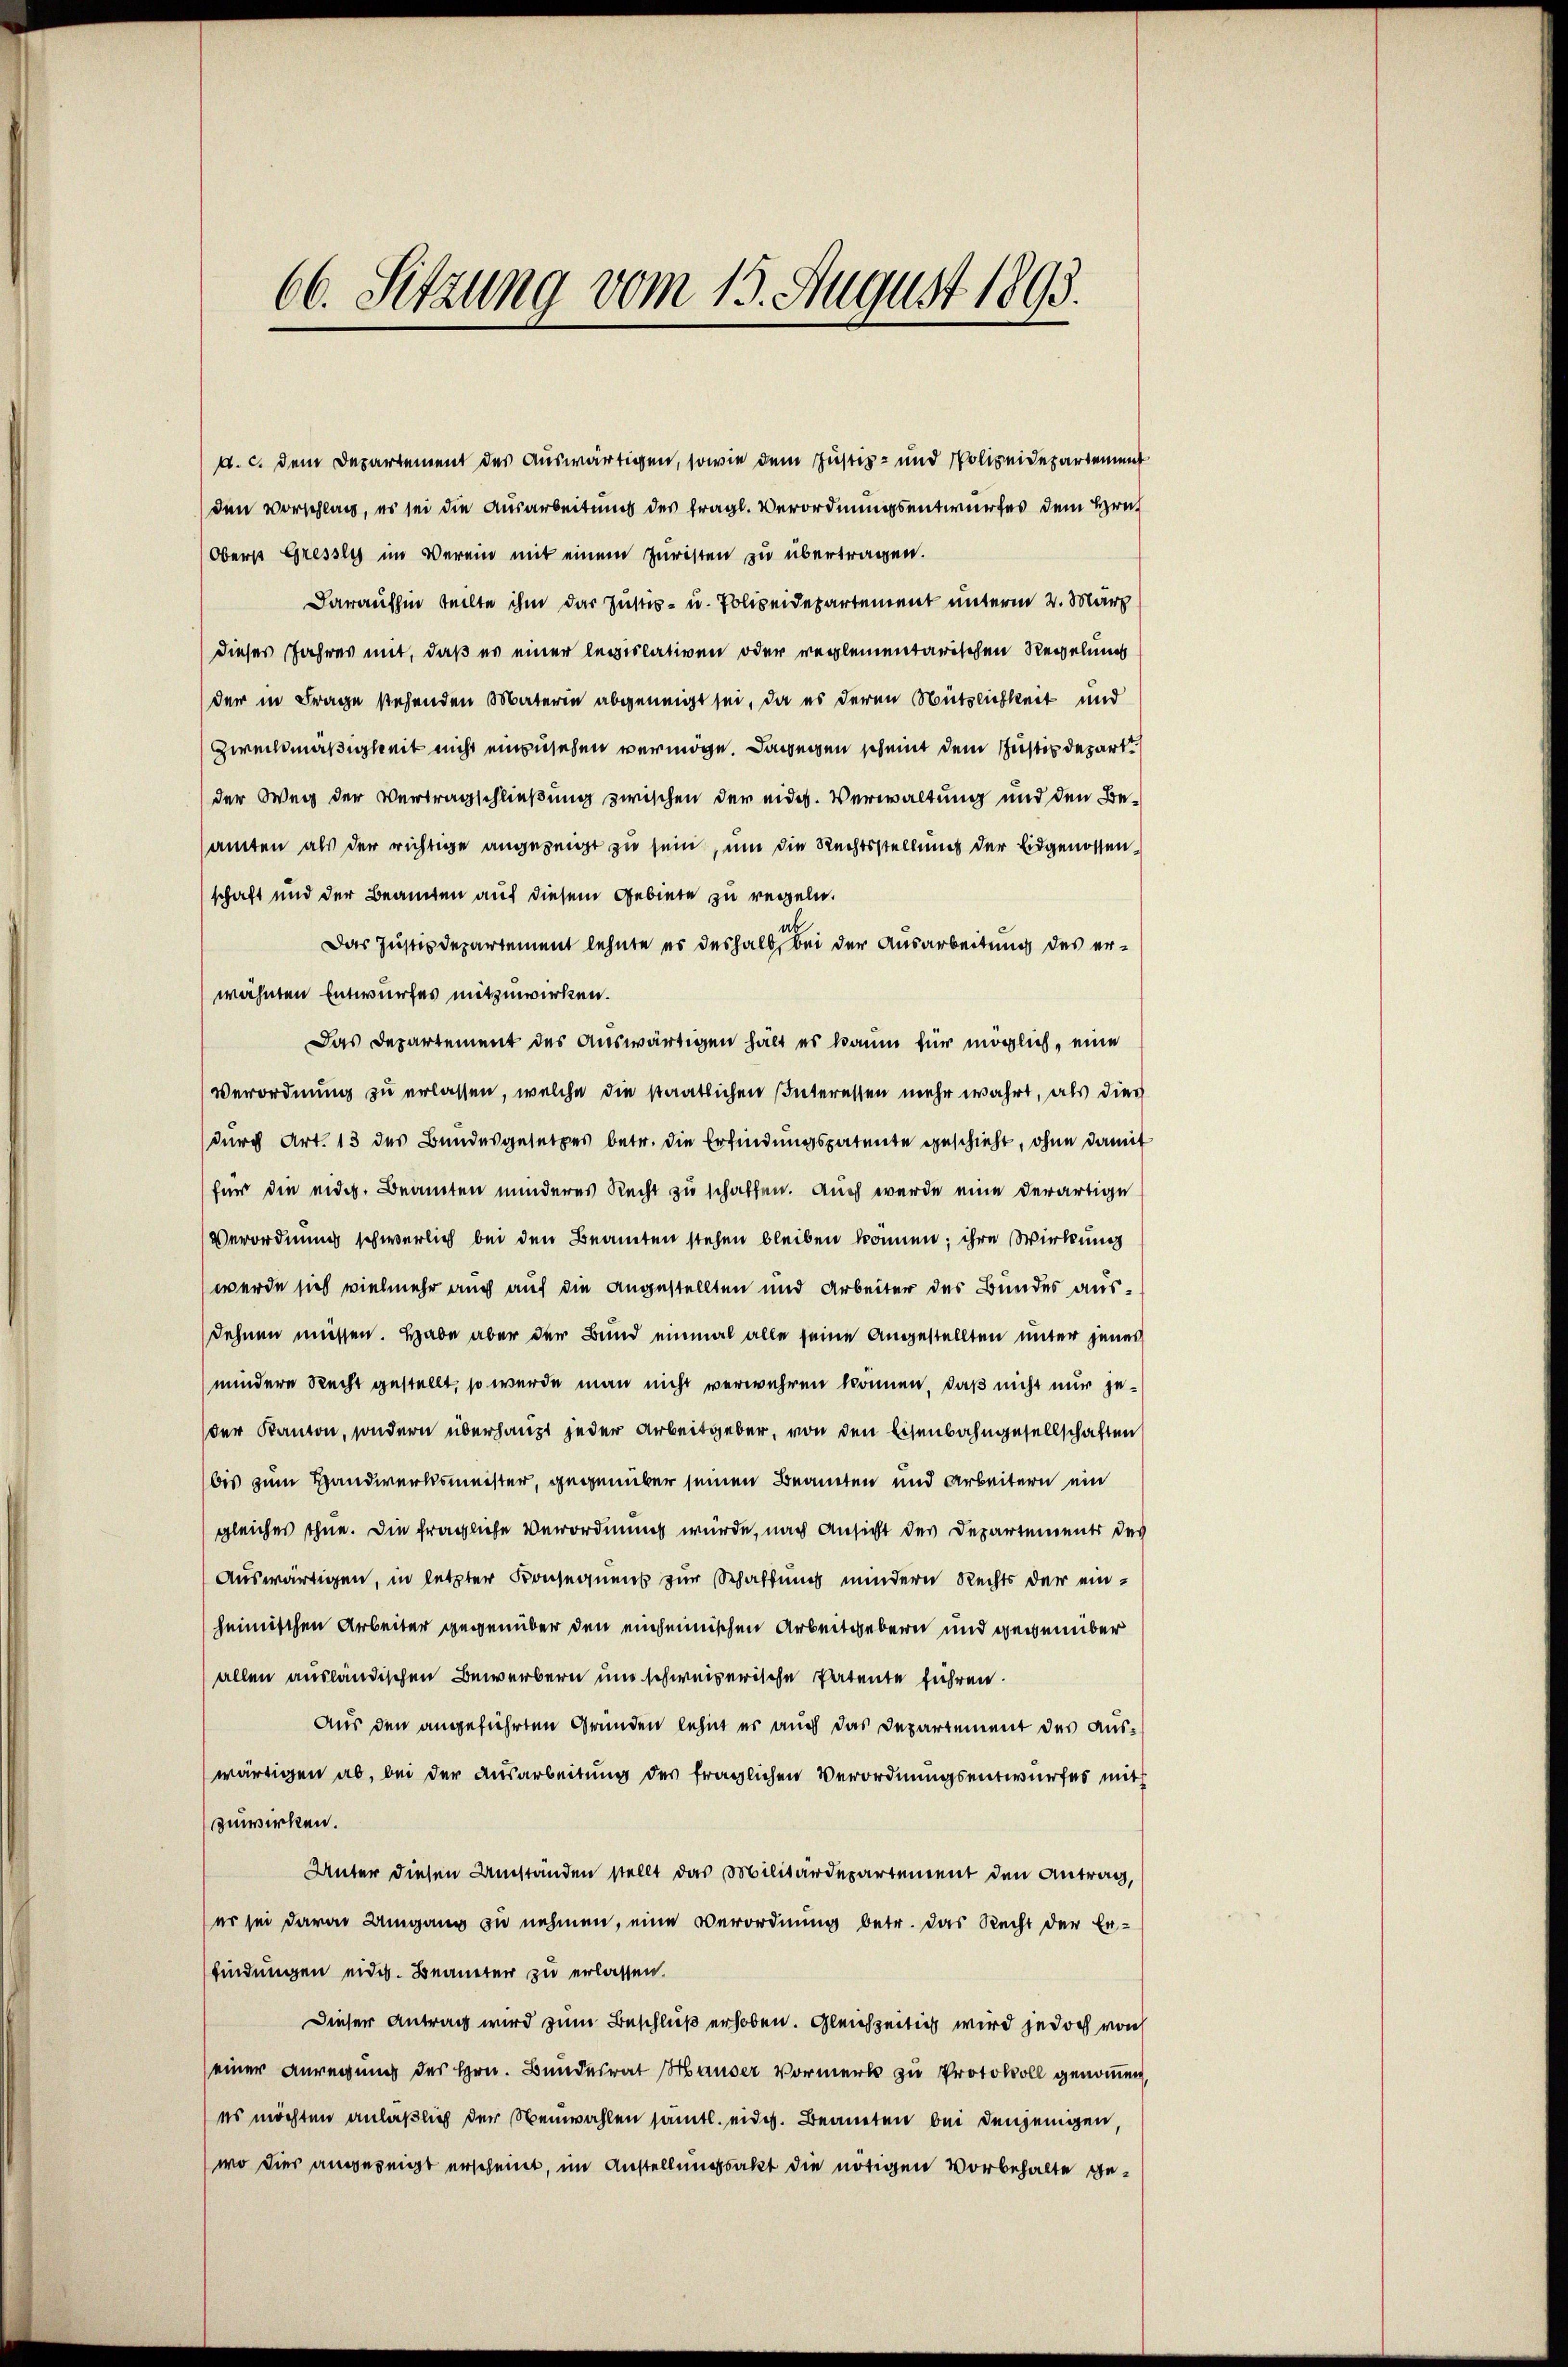
66. Setzung vom 15. August 1893.

schaft und der Beamten auf diesem Gebiete zu regeln.
Das Justizdepartement lehnte es deshalb bei der Ausarbeitung des erwähnten Entwurfes mitzuwirken.
Das Departement des Auswärtigen hält es kaum für möglich, eine
Verordnung zu erlassen, welche die staatlichen Interessen mehr wahrt, als durch
durch Art. 13 des Bundesgesetzes betr. die Erfindungspatente geschieht, ohne damit
für die eidg. Beamten minderes Recht zu schaffen. Auch wurde eine derartige
Verordnung schwerlich bei den Beamten stehen bleiben können; ihre Wirkung
werde sich vielmehr auch auf die angestellten und Arbeiter des Bundes ausdehnen müssen. Habe aber der Bund einmal alle seine angestellten unter jenes
mindere Recht gestellt, so wurde man nicht verwehren können, daß nicht nur jeder Kanton, sondern überhaupt jeder Arbeitgeber, von den Eisenbahngesellschaften
bis zum Handwerksmeister, gegenüber seinen Beamten und Arbeitern ein
gleiches ihne. Die fragliche Verordnung würde, nach Ansicht des Departements des
Auswärtigen, in letzter Konsequens zur Schaffung mindern Rechts der einheimischen Arbeiter gegenüber den einheimischen Arbeitgebern und gegenüber
allen ausländischen Bewerbern und schweizerische Patente führen.
Aus den angeführten Gründen lehnt er auch das Departement des auswärtigen ab, bei der Ausarbeitung des fraglichen Verordnungsentwurfes mit
zuwirken.
Unter diesen Umständen stellt das Militärdepartement den Antrag,
er sei davon Umgang zu nehmen, eine Verordnung betr. das Recht der Erfindungen eides. Beaneter zu erlassen.
Dieser Antrag wird zum Beschluß erhoben. Gleichzeitig wird jedoch von
einer Anregung des Hrn. Bundesrat Hauser Vormerk zu Protokoll genommen,
es möchten anläßlich der Neuwahlen sämtl. eidg. Beanten bei denjenigen,
wo dies angezeigt erscheint, im Anstellungsakt die nötigen Vorbehalte ge¬

d. c. dem Departement des auswärtigen, sowie dem Justiz- und Polizeidepartement
den Vorschlass, es sei die Ausarbeitung des tragl. Verordnungsentwurfes dem Hrn
Oberst Gresses im Verein mit einem Juristen zu übertragen.
Daraufhin teilte ihm das Justiz- u. Polizeidepartement unterm 2. März
dieses Jahres mit, daß es einer legislativen oder reglementarischen Regelung
der in Frage stehenden Materin abgeneigt sei, da es deren Nützlichkeit und
Zweckmäßigkeit nicht einzusehen vermöge. Dagegen scheint dem Justizdepart
der Weg der Vertragschließung zwischen der eidg. Verwaltung und den Besamten als der richtige angezeigt zu sein, um die Rechtsstellung der Eidgenossen¬